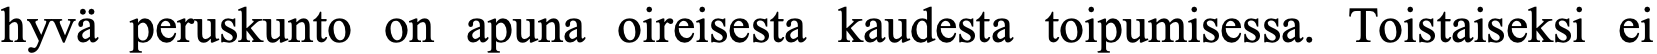
hyvä peruskunto on apuna oireisesta kaudesta toipumisessa. Toistaiseksi ei